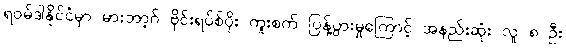
ရဝမ်ဒါနိုင်ငံမှာ မားဘာ့ဂ် ဗိုင်းရပ်စ်ပိုး ကူးစက် ပြန့်ပွားမှုကြောင့် အနည်းဆုံး လူ ၈ ဦး